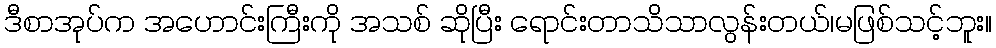
ဒီစာအုပ်က အဟောင်းကြီးကို အသစ် ဆိုပြီး ရောင်းတာသိသာလွန်းတယ်၊မဖြစ်သင့်ဘူး။